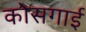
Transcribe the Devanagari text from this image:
कोसगाई